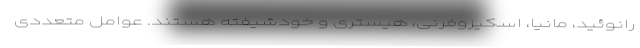
رانوئید، مانیا، اسکیزوفرنی، هیستری و خودشیفته هستند. عوامل متعددی